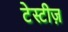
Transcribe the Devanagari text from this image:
टेस्टीज़